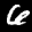
Label: 6